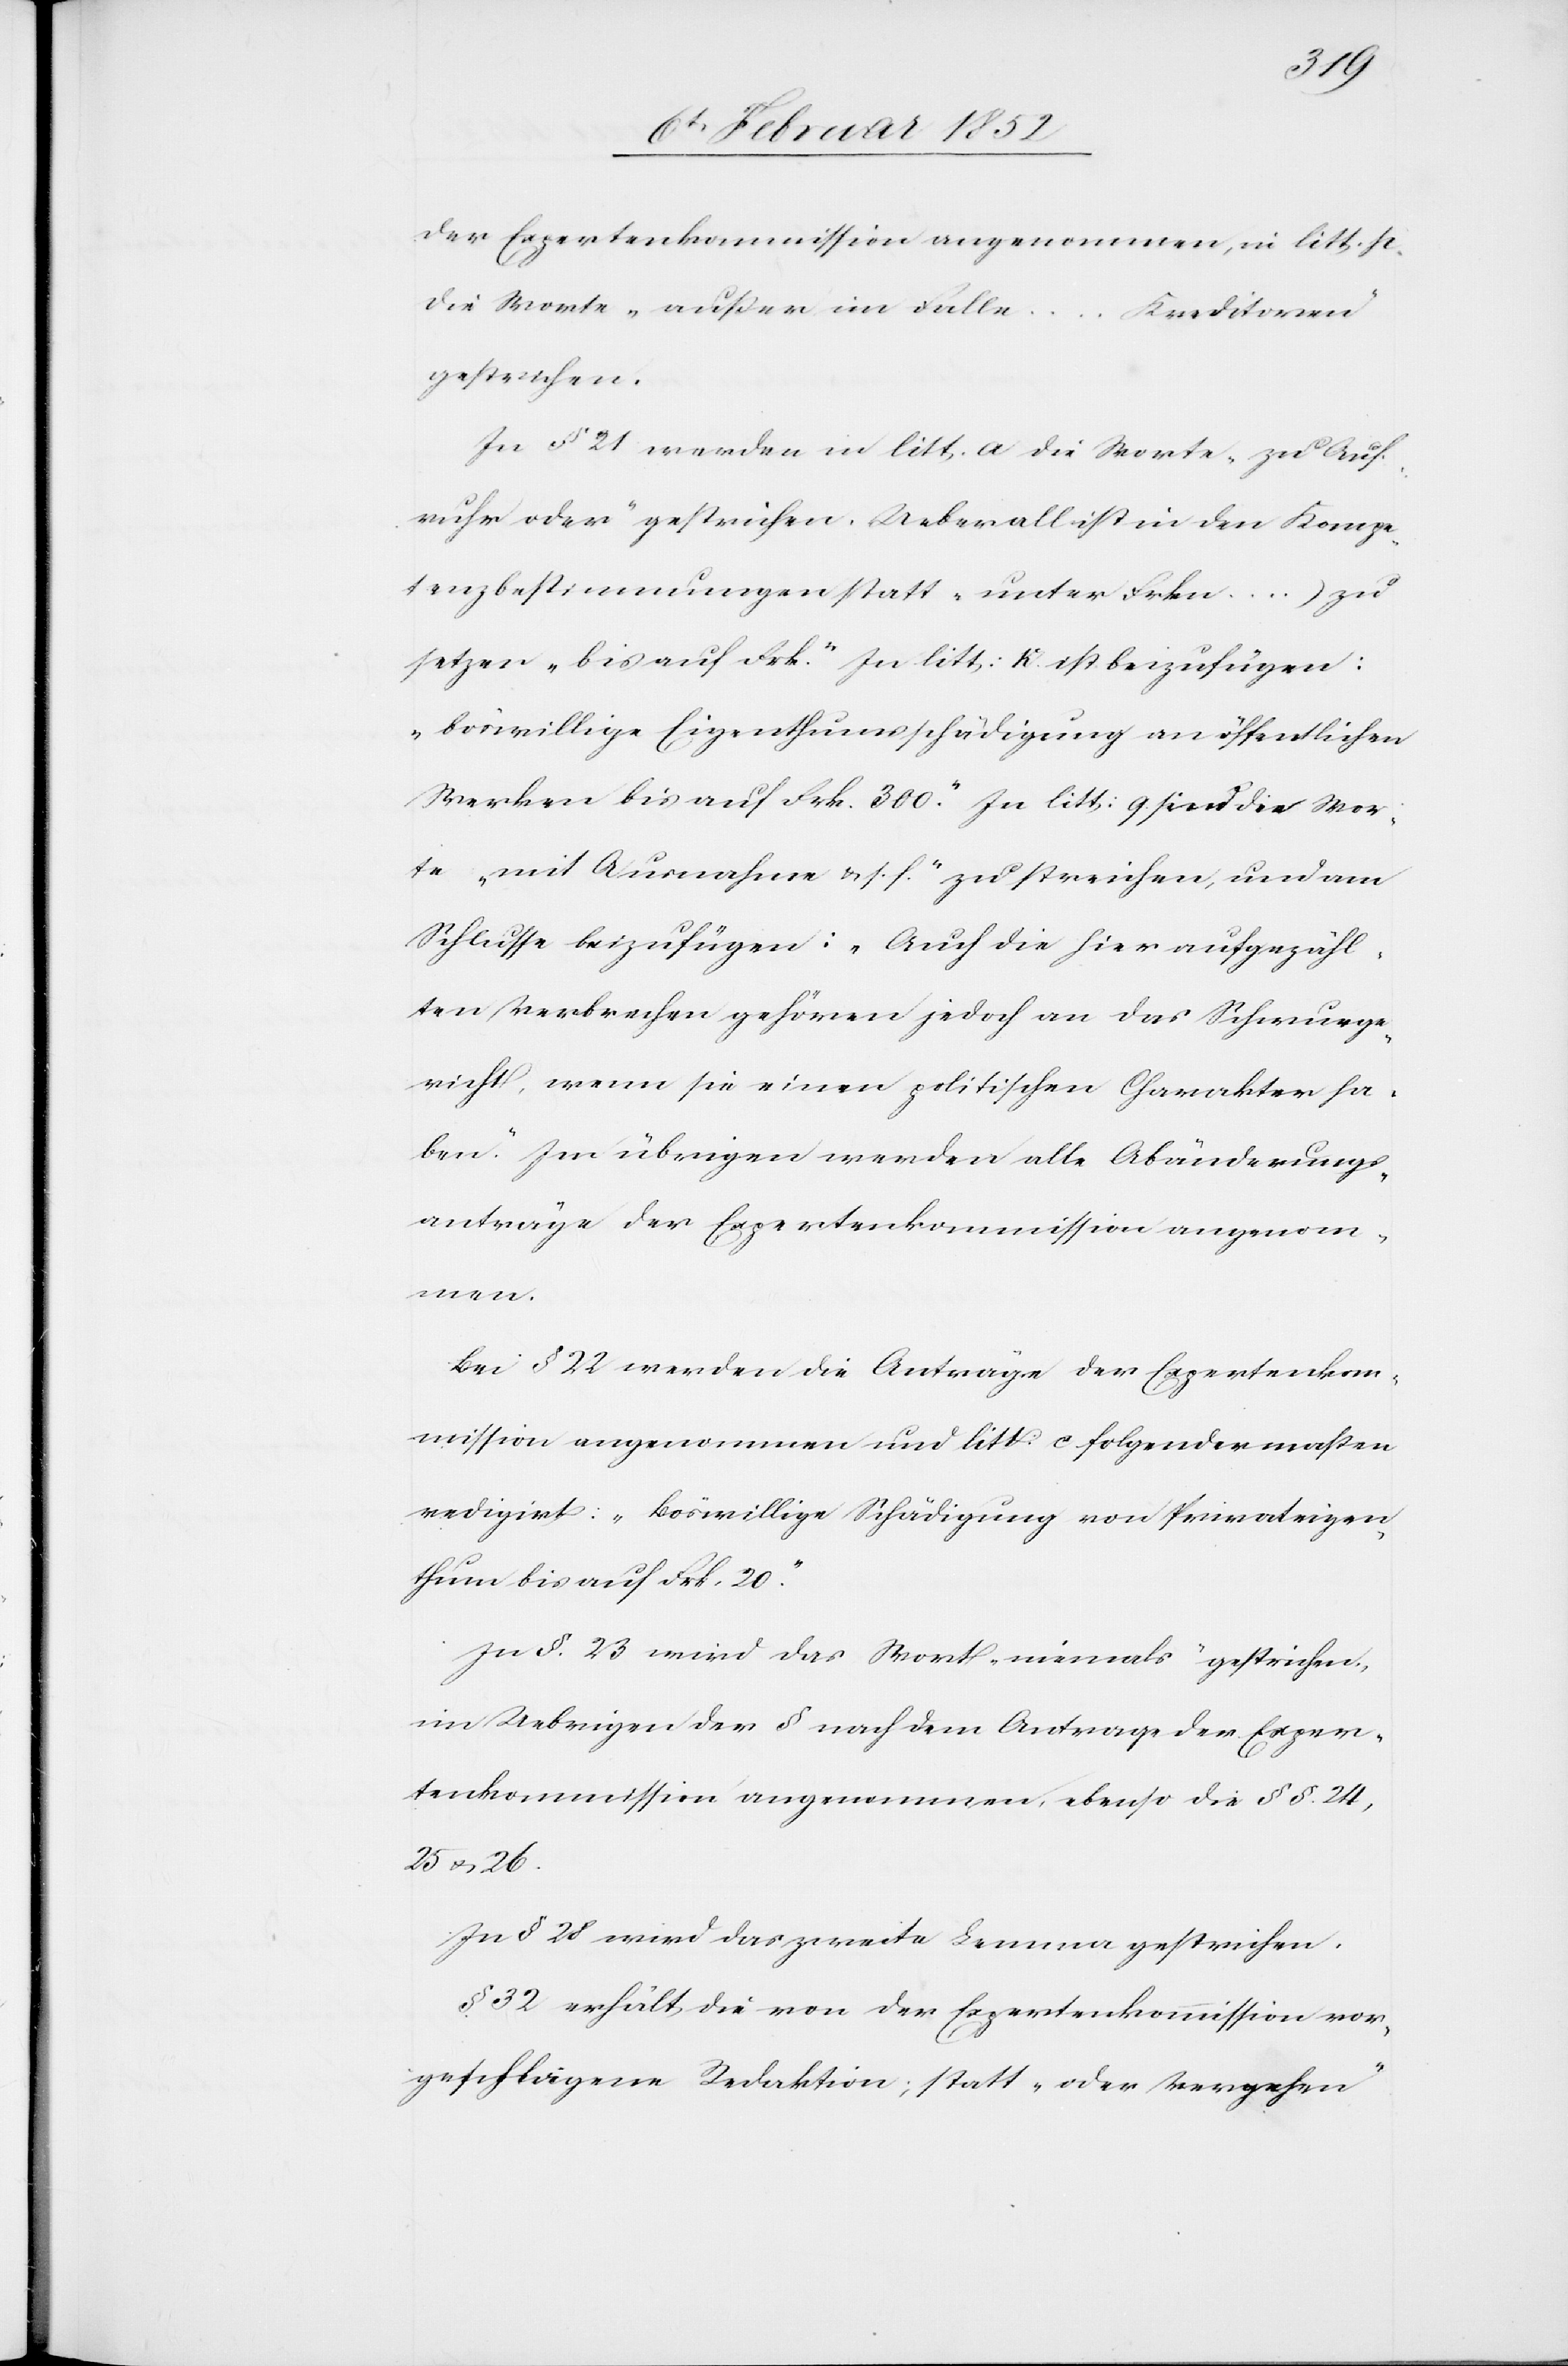
der Expertenkommission angenommen, in litt. p.
die Worte „außer im Falle
...
Kreditoren“
gestrichen.
In § 21 werden in litt. a die Worte „zu Auf¬
ruhr oder“ gestrichen. Ueberall ist in den Kompe¬
tenzbestimmungen statt „unter Frkn ...)
setzen „bis auf Frk.“ In litt: K ist beizufügen:
„böswillige Eigenthumsschädigung an öffentlichen
Werken bis auf Frk. 300.“ In litt: q. sind die Wor¬
te „mit Ausnahme u. s. f.“ zu streichen, und am
Schluss beizufügen: „Auch die hier aufgezähl¬
ten Verbrechen gehören jedoch an das Schwurge¬
richt, wenn sie einen politischen Charakter ha¬
ben.“ Im übrigen werden alle Abänderungs¬
anträge der Expertenkommission angenom¬
men.
Bei § 22 werden die Anträge der Expertenkom¬
mission angenommen und litt. c folgendermaßen
redigirt: „böswillige Schädigung von Privateigen¬
thum bis auf Frk. 20.“
In §. 23 wird das Wort „niemals“ gestrichen,
im Uebrigen der § nach dem Antrage der Exper¬
tenkommission angenommen, ebenso die §§. 24,
25 u. 26.
In § 28 wird das zweite Lemma gestrichen.
§ 32 erhält die von der Expertenkommission vor¬
geschlagene Redaktion; statt „oder Vergehen“